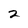
Character: 2